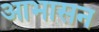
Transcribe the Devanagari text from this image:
आभासन